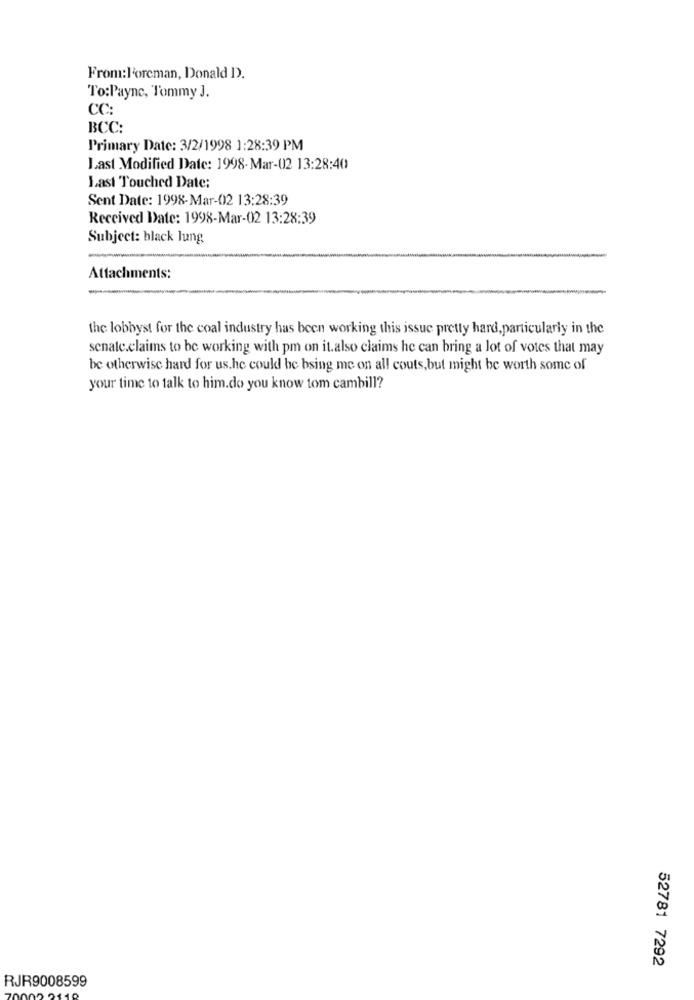
From:l'oreman, Donald 1).
To:Payne, Tommy J.
CC:
BCC:
Primary Date: 3/2/1998 1:28:39 PM
Last Modified Date: 1998-Mar-02 13:28:40
Last Touched Date:
Sent Date: 1998-Mar-02 13:28:39
Received Date: 1998-Mar-02 13:28:39
Subject: black lung
Attachments:
the lobbyst for the coal industry has been working this issue pretty hard, particularly in the
senate.claims to be working with pm on it.also claims he can bring a lot of votes that may
be otherwise hard for us.he could be bsing me on all couts, but might be worth some of
your time to talk to him.do you know tom cambill?
52781 7292
RJR9008599